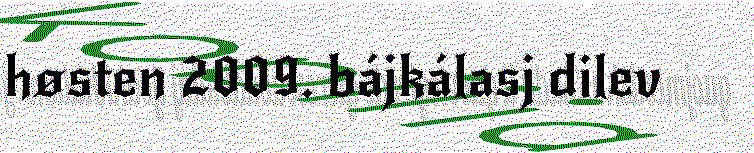
høsten 2009. bájkálasj dilev